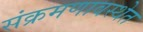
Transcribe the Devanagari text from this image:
संक्रमणावस्थेत